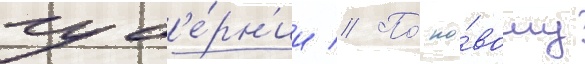
губ'е́рн'ии // По́ но́вому